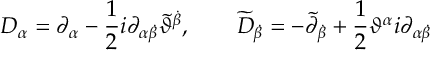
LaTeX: D _ { \alpha } = \partial _ { \alpha } - \frac { 1 } { 2 } i \partial _ { \alpha \dot { \beta } } \widetilde { \vartheta } ^ { \dot { \beta } } , \qquad \widetilde { D } _ { \dot { \beta } } = - \widetilde { \partial } _ { \dot { \beta } } + \frac { 1 } { 2 } \vartheta ^ { \alpha } i \partial _ { \alpha \dot { \beta } }